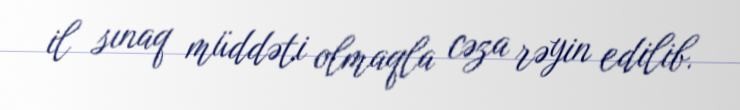
il sınaq müddəti olmaqla cəza rəyin edilib.